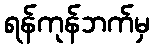
ရန်ကုန်ဘက်မှ